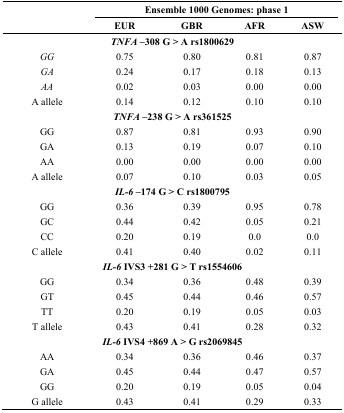
|  | <COLSPAN=4> Ensemble 1000 Genomes: phase 1 |
 |  | EUR | GBR | AFR | ASW |
 | --- | --- | --- | --- | --- |
 | <COLSPAN=5> TNFA –308 G>A rs1800629 |
 | GG | 0.75 | 0.80 | 0.81 | 0.87 |
 | GA | 0.24 | 0.17 | 0.18 | 0.13 |
 | AA | 0.02 | 0.03 | 0.00 | 0.00 |
 | A allele | 0.14 | 0.12 | 0.10 | 0.10 |
 | <COLSPAN=5> TNFA–238 G>A rs361525 |
 | GG | 0.87 | 0.81 | 0.93 | 0.90 |
 | GA | 0.13 | 0.19 | 0.07 | 0.10 |
 | AA | 0.00 | 0.00 | 0.00 | 0.00 |
 | A allele | 0.07 | 0.10 | 0.03 | 0.05 |
 | <COLSPAN=5> IL-6 –174 G>C rs1800795 |
 | GG | 0.36 | 0.39 | 0.95 | 0.78 |
 | GC | 0.44 | 0.42 | 0.05 | 0.21 |
 | CC | 0.20 | 0.19 | 0.0 | 0.0 |
 | C allele | 0.41 | 0.40 | 0.02 | 0.11 |
 | <COLSPAN=5> IL-6 IVS3+281 G>T rs1554606 |
 | GG | 0.34 | 0.36 | 0.48 | 0.39 |
 | GT | 0.45 | 0.44 | 0.46 | 0.57 |
 | TT | 0.20 | 0.19 | 0.05 | 0.03 |
 | T allele | 0.43 | 0.41 | 0.28 | 0.32 |
 | <COLSPAN=5> IL-6 IVS4+869 A>Grs2069845 |
 | AA | 0.34 | 0.36 | 0.46 | 0.37 |
 | GA | 0.45 | 0.44 | 0.47 | 0.57 |
 | GG | 0.20 | 0.19 | 0.05 | 0.04 |
 | G allele | 0.43 | 0.41 | 0.29 | 0.33 |